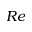
R e